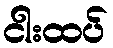
ငါးထပ်